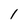
Character: 1